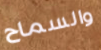
والسماح